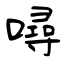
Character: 噚